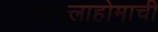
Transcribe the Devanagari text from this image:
ओक्लाहोमाची